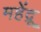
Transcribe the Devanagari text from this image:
महेंद्रू